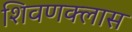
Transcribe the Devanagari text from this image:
शिवणक्लास